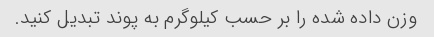
وزن داده شده را بر حسب کیلوگرم به پوند تبدیل کنید.